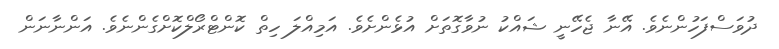
ދުވަސްފަހުންނެވެ. އޭނާ ޖެހޭނީ ޝައްކު ނުވާގޮތަށް އުޅެންށެވެ. އަމިއްލަ ހިތް ކޮންޓްރޯލްކޮށްގެންނެވެ. އަންނާނަން